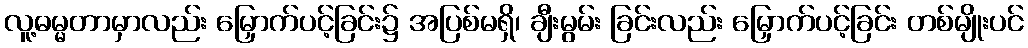
လူ့ဓမ္မတာမှာလည်း မြှောက်ပင့်ခြင်း၌ အပြစ်မရှိ၊ ချီးမွမ်း ခြင်းလည်း မြှောက်ပင့်ခြင်း တစ်မျိုးပင်